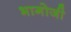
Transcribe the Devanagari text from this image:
भागोजी